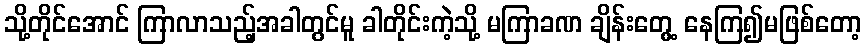
သို့တိုင်အောင် ကြာလာသည့်အခါတွင်မူ ခါတိုင်းကဲ့သို့ မကြာခဏ ချိန်းတွေ့ နေကြ၍မဖြစ်တော့